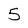
Character: 5